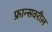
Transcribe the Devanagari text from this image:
फ्रान्सवरील